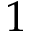
1